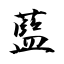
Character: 藍